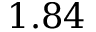
1 . 8 4